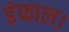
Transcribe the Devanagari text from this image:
इंफाल।